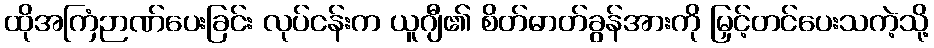
ထိုအကြံဉာဏ်ပေးခြင်း လုပ်ငန်းက ယူဂျီ၏ စိတ်ဓာတ်ခွန်အားကို မြှင့်တင်ပေးသကဲ့သို့